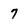
Character: 7